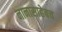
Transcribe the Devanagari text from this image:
नानासाहेबच